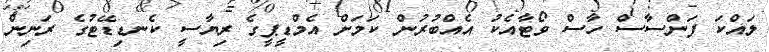
ލައްކަ ފަންސާސް ހާސް ވޯޓާއެކު އެއްބުރުން ކަމަށް އެމްޑީޕީގެ ރިޔާސީ ކެނޑިޑޭޓުގެ ރަނިން